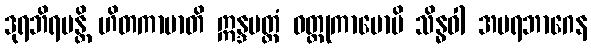
ဒုရဘိရမန္တိ ဟိတကာမာတိ ဣန္ဒပတ္ထံ ဝတ္တုကာမောပိ သိန္ဓဝါ အပရဘာဂေန